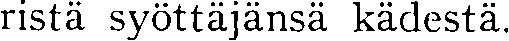
ristä syöttäjänsä kädestä.